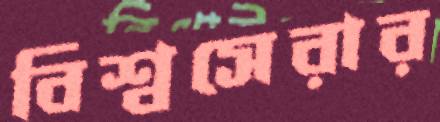
বিশ্বসেরার